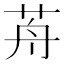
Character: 𦭸